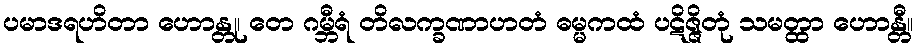
ပမာဒရဟိတာ ဟောန္တု၊ တေ ဂမ္ဘီရံ တိလက္ခဏာဟတံ ဓမ္မကထံ ပဋိဇ္ဇိတုံ သမတ္ထာ ဟောန္တီ။